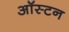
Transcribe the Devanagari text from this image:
ऑस्टन